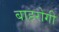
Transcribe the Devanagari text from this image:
बाहरोगी